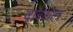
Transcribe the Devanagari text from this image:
दाबकाम